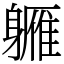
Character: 軅